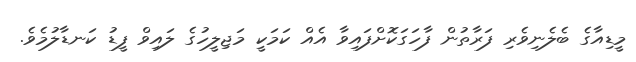
މީޑިއާގެ ބެލެނިވެރި ފަރާތުން ފާހަގަކޮށްފައިވާ އެއް ކަމަކީ މަޖިލީހުގެ ލައިވް ފީޑު ކަނޑާލުމެވެ.